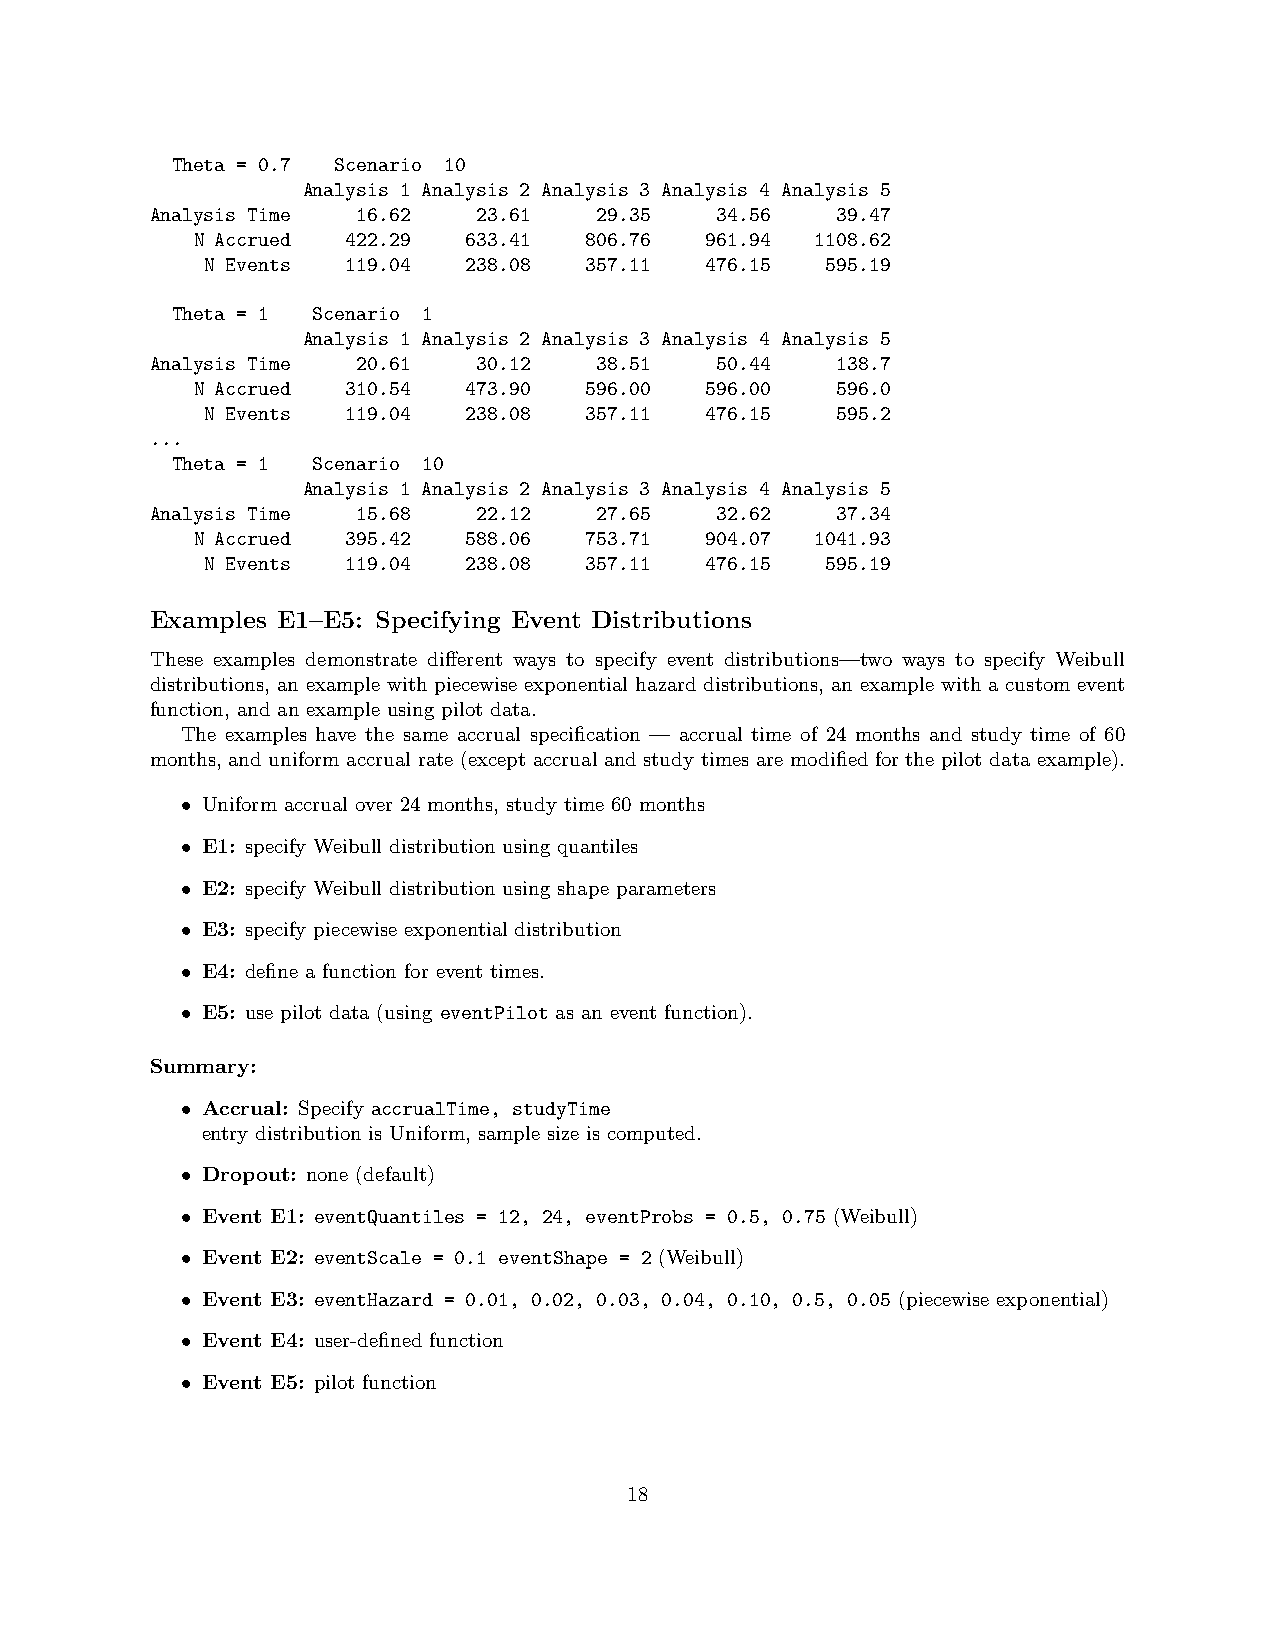
Theta = 0.7 Scenario 10
 Analysis 1 Analysis 2 Analysis 3 Analysis 4 Analysis 5
 Analysis Time 16.62   23.61   29.35  34.56   39.47
 N Accrued 422.29  633.41  806.76  961.94 1108.62
 N Events 119.04  238.08  357.11  476.15  595.19
 Theta = 1 Scenario 1
 Analysis 1 Analysis 2 Analysis 3 Analysis 4 Analysis 5
 Analysis Time 20.61   30.12   38.51  50.44   138.7
 N Accrued 310.54  473.90  596.00  596.00  596.0
 N Events 119.04  238.08  357.11  476.15  595.2
 ...
 Theta = 1 Scenario 10
 Analysis 1 Analysis 2 Analysis 3 Analysis 4 Analysis 5
 Analysis Time 15.68   22.12   27.65  32.62   37.34
 N Accrued 395.42  588.06  753.71  904.07 1041.93
 N Events 119.04  238.08  357.11  476.15  595.19
 Examples E1–E5: Specifying Event Distributions
 These examples demonstrate different ways to specify event distributions—two ways to specify Weibull
 distributions, an example with piecewise exponential hazard distributions, an example with a custom event
 function, and an example using pilot data.
 The examples have the same accrual specification — accrual time of 24 months and study time of 60
 months, and uniform accrual rate (except accrual and study times are modified for the pilot data example).
 • Uniform accrual over 24 months, study time 60 months
 • E1: specify Weibull distribution using quantiles
 • E2: specify Weibull distribution using shape parameters
 • E3: specify piecewise exponential distribution
 • E4: define a function for event times.
 • E5: use pilot data (using eventPilot as an event function).
 Summary:
 • Accrual: Specify accrualTime, studyTime
 entry distribution is Uniform, sample size is computed.
 • Dropout: none (default)
 • Event E1: eventQuantiles = 12, 24, eventProbs = 0.5, 0.75 (Weibull)
 • Event E2: eventScale = 0.1 eventShape = 2 (Weibull)
 • Event E3: eventHazard = 0.01, 0.02, 0.03, 0.04, 0.10, 0.5, 0.05 (piecewise exponential)
 • Event E4: user-defined function
 • Event E5: pilot function
 18